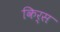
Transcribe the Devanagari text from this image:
किर्स